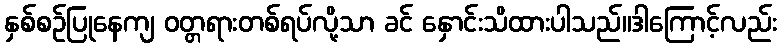
နှစ်စဉ်ပြုနေကျ ဝတ္တရားတစ်ရပ်လို့သာ ခင် နှောင်းသိထားပါသည်။ဒါကြောင့်လည်း